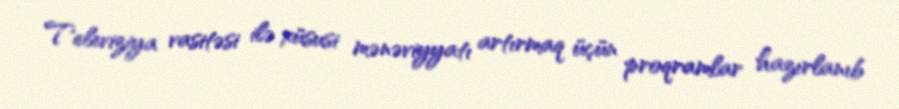
Televiziya vasitəsi ilə xüsusi mənəviyyatı artırmaq üçün proqramlar hazırlanıb